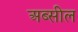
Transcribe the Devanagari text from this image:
अब्सील